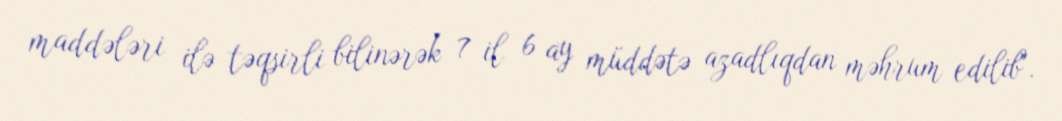
maddələri ilə təqsirli bilinərək 7 il 6 ay müddətə azadlıqdan məhrum edilib".